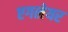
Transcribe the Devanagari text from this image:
एगलेयर